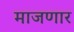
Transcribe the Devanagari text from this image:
माजणार